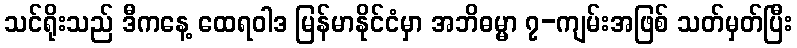
သင်ရိုးသည် ဒီကနေ့ ထေရဝါဒ မြန်မာနိုင်ငံမှာ အဘိဓမ္မာ ၇-ကျမ်းအဖြစ် သတ်မှတ်ပြီး